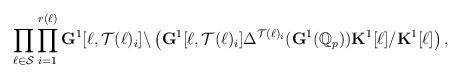
LaTeX: \begin{align*}\prod_{\ell\in\mathcal{S}}\prod_{i=1}^{r(\ell)}\mathbf{G}^1[\ell,\mathcal{T}(\ell)_i]\backslash\left(\mathbf{G}^1[\ell,\mathcal{T}(\ell)_i]\Delta^{\mathcal{T}(\ell)_i}(\mathbf{G}^1(\mathbb{Q}_p))\mathbf{K}^1[\ell]/\mathbf{K}^1[\ell]\right),\end{align*}